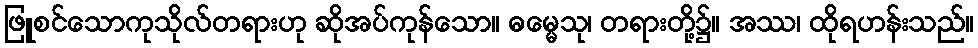
ဖြူစင်သောကုသိုလ်တရားဟု ဆိုအပ်ကုန်သော။ ဓမ္မေသု၊ တရားတို့၌။ အဿ၊ ထိုရဟန်းသည်။